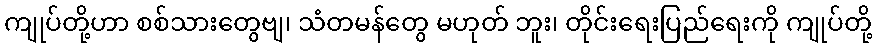
ကျုပ်တို့ဟာ စစ်သားတွေဗျ၊ သံတမန်တွေ မဟုတ် ဘူး၊ တိုင်းရေးပြည်ရေးကို ကျုပ်တို့